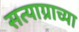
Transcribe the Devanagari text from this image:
सत्याग्राच्या